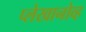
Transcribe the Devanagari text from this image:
प्लेखानोव्ह